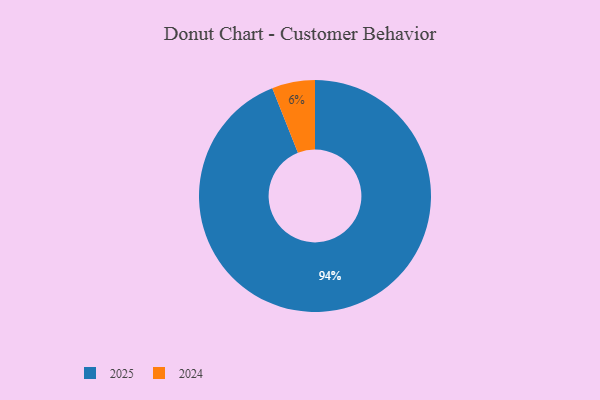
{"axis": {"x": "Category", "y": "Percentage"}, "legend": ["2024", "2025"], "data": [{"x": "2024", "y": 6, "type": "2024"}, {"x": "2025", "y": 94, "type": "2025"}]}